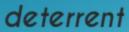
deterrent